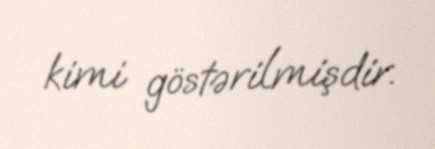
kimi göstərilmişdir.